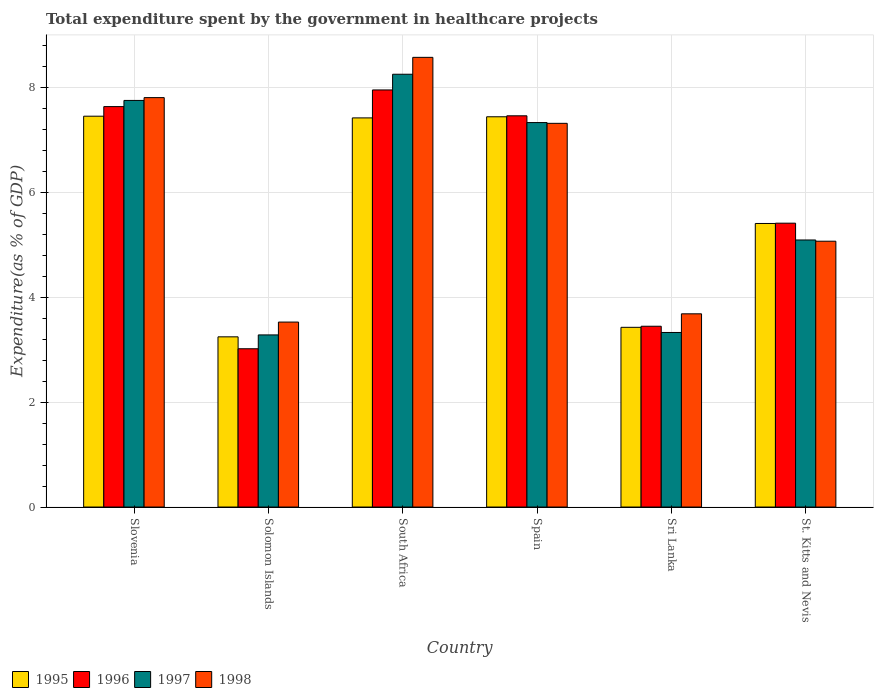
| Country | 1995 | 1996 | 1997 | 1998 |
 | --- | --- | --- | --- | --- |
 | Slovenia | 7.46 | 7.64 | 7.76 | 7.81 |
 | Solomon Islands | 3.25 | 3.02 | 3.28 | 3.53 |
 | South Africa | 7.42 | 7.96 | 8.26 | 8.58 |
 | Spain | 7.44 | 7.46 | 7.33 | 7.32 |
 | Sri Lanka | 3.43 | 3.45 | 3.33 | 3.69 |
 | St. Kitts and Nevis | 5.41 | 5.41 | 5.09 | 5.07 |